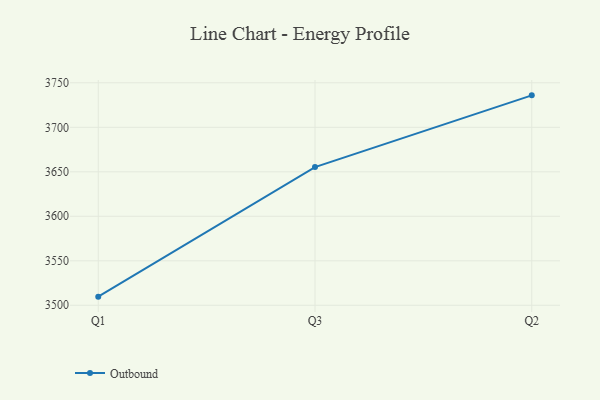
{"axis": {"x": "Quarter", "y": "Demand Index"}, "legend": ["Outbound"], "data": [{"x": "Q1", "y": 3509.7, "type": "Outbound"}, {"x": "Q3", "y": 3655.3, "type": "Outbound"}, {"x": "Q2", "y": 3735.9, "type": "Outbound"}]}